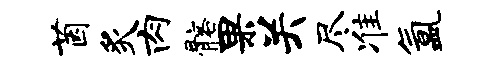
茵炙肉髂果关尽准氲